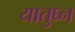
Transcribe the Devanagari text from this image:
यातुघ्न